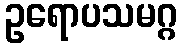
ဥရောပသမဂ္ဂ